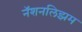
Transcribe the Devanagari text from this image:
नॅशनलिझम